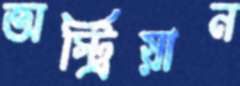
অস্ট্রিয়ান